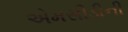
એમસીડીની